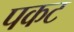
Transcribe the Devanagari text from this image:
पकट